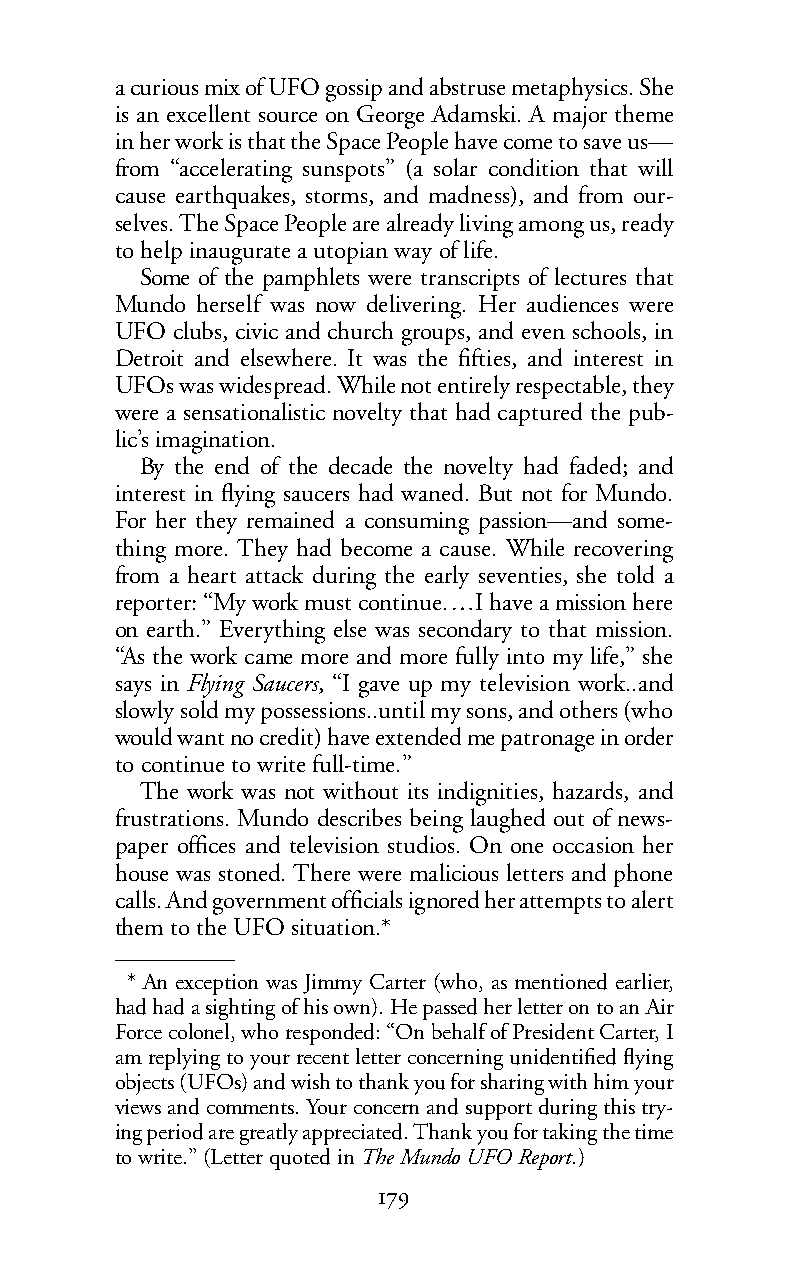
acurious mix of UFO gossip and abstruse metaphysics. She
 is an excellent source on George Adamski. A major theme
 in her work is that the Space People have come to save us—
 from “accelerating sunspots” (a solar condition that will
 cause earthquakes, storms, and madness), and from our-
 selves. The Space People are already living among us, ready
 to help inaugurate a utopian way of life.
 Some of the pamphlets were transcripts of lectures that
 Mundo herself was now delivering. Her audiences were
 UFO clubs, civic and church groups, and even schools, in
 Detroit and elsewhere. It was the fifties, and interest in
 UFOs was widespread. While not entirely respectable, they
 were a sensationalistic novelty that had captured the pub-
 lic’s imagination.
 By the end of the decade the novelty had faded; and
 interest in flying saucers had waned. But not for Mundo.
 For her they remained a consuming passion—and some-
 thing more. They had become a cause. While recovering
 from a heart attack during the early seventies, she told a
 reporter: “Mywork must continue.…I have a mission here
 on earth.” Everything else was secondary to that mission.
 “As the work came more and more fully into my life,” she
 says in Flying Saucers, “I gave up my television work..and
 slowly sold my possessions..until my sons, and others (who
 would want no credit) have extended me patronage in order
 to continue to write full-time.”
 The work was not without its indignities, hazards, and
 frustrations. Mundo describes being laughed out of news-
 paper offices and television studios. On one occasion her
 house was stoned. There were malicious letters and phone
 calls. And government officials ignored her attempts to alert
 them to the UFO situation.*
 * An exception was Jimmy Carter (who, as mentioned earlier,
 had had a sighting ofhis own). He passed her letter on to an Air
 Force colonel, who responded: “On behalf of President Carter, I
 am replying to your recent letter concerning unidentified flying
 objects (UFOs) and wish to thank you for sharing with him your
 views and comments. Your concern and support during this try-
 ing period are greatly appreciated. Thank you for taking the time
 to write.” (Letter quoted inThe Mundo UFO Report.)
 